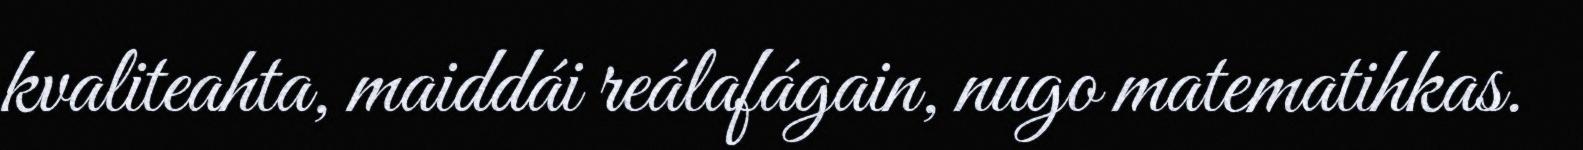
kvaliteahta, maiddái reálafágain, nugo matematihkas.